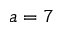
a = 7